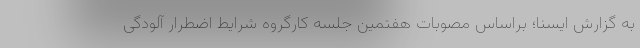
به گزارش ایسنا؛ براساس مصوبات هفتمین جلسه کارگروه شرایط اضطرار آلودگی